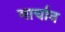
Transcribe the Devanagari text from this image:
मार्चान